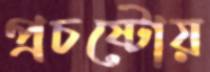
প্রচষ্টোয়